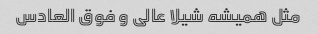
مثل همیشه شیلا عالی و فوق العادس